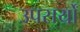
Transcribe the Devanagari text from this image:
उपसर्यों